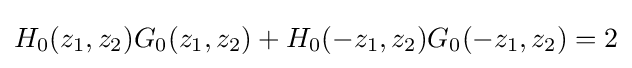
H_{0}(z_{1},z_{2})G_{0}(z_{1},z_{2})+H_{0}(-z_{1},z_{2})G_{0}(-z_{1},z_{2})=2